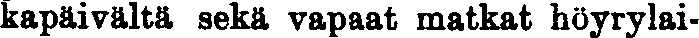
kapäivältä sekä vapaat matkat höyrylai-